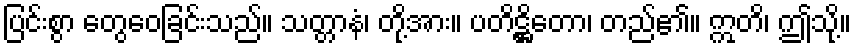
ပြင်းစွာ တွေဝေခြင်းသည်။ သတ္တာနံ၊ တို့အား။ ပတိဋ္ဌိတော၊ တည်၏။ ဣတိ၊ ဤသို့။